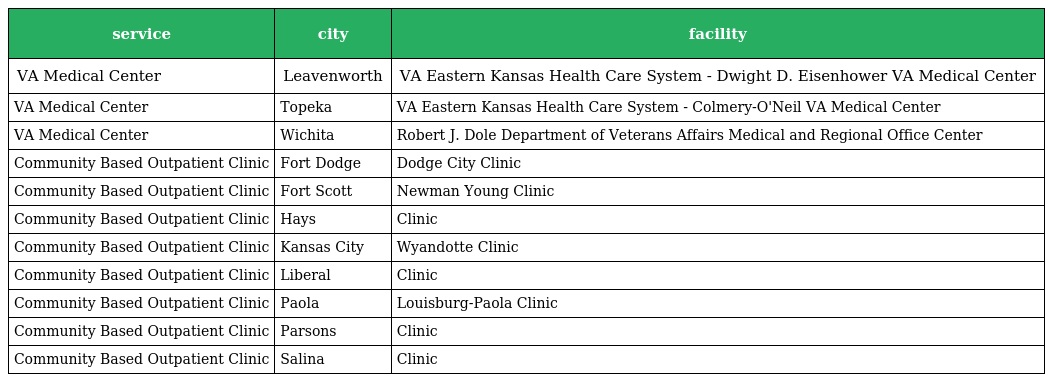
| service | city | facility |
 | --- | --- | --- |
 | VA Medical Center | Leavenworth | VA Eastern Kansas Health Care System - Dwight D. Eisenhower VA Medical Center |
 | VA Medical Center | Topeka | VA Eastern Kansas Health Care System - Colmery-O'Neil VA Medical Center |
 | VA Medical Center | Wichita | Robert J. Dole Department of Veterans Affairs Medical and Regional Office Center |
 | Community Based Outpatient Clinic | Fort Dodge | Dodge City Clinic |
 | Community Based Outpatient Clinic | Fort Scott | Newman Young Clinic |
 | Community Based Outpatient Clinic | Hays | Clinic |
 | Community Based Outpatient Clinic | Kansas City | Wyandotte Clinic |
 | Community Based Outpatient Clinic | Liberal | Clinic |
 | Community Based Outpatient Clinic | Paola | Louisburg-Paola Clinic |
 | Community Based Outpatient Clinic | Parsons | Clinic |
 | Community Based Outpatient Clinic | Salina | Clinic |